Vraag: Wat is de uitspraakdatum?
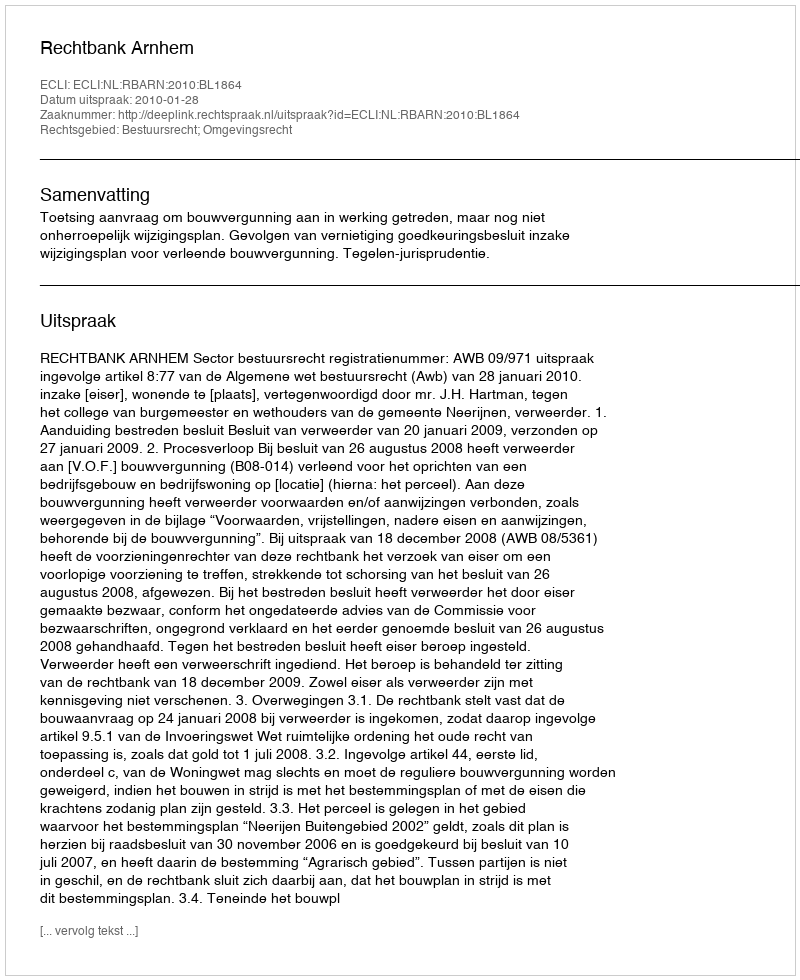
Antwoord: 2010-01-28